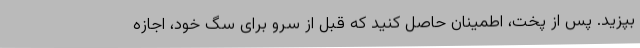
بپزید. پس از پخت، اطمینان حاصل کنید که قبل از سرو برای سگ خود، اجازه